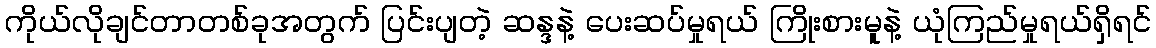
ကိုယ်လိုချင်တာတစ်ခုအတွက် ပြင်းပျတဲ့ ဆန္ဒနဲ့ ပေးဆပ်မှုရယ် ကြိုးစားမူနဲ့ ယုံကြည်မှုရယ်ရှိရင်